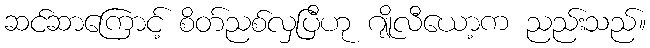
ဆင်ဆာကြောင့် စိတ်ညစ်လှပြီဟု ဂျိုလီယော့က ညည်းသည်။